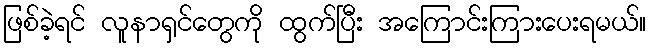
ဖြစ်ခဲ့ရင် လူနာရှင်တွေကို ထွက်ပြီး အကြောင်းကြားပေးရမယ်။